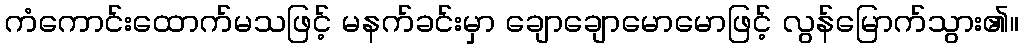
ကံကောင်းထောက်မသဖြင့် မနက်ခင်းမှာ ချောချောမောမောဖြင့် လွန်မြောက်သွား၏။